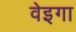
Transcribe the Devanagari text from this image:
वेइगा